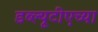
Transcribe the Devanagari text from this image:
डब्ल्यूटीएच्या